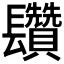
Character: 𨳄